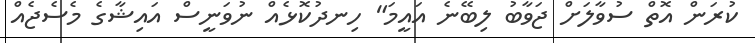
ކުރަން އޮތް ސުވާލަށް ޖަވާބު ލިބޭނެ އައީމަ" ހިނދުކޮޅެއް ނުވަނީސް އައިޝާގެ މެސެޖެއް